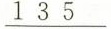
\underline{ 1 3 5 }